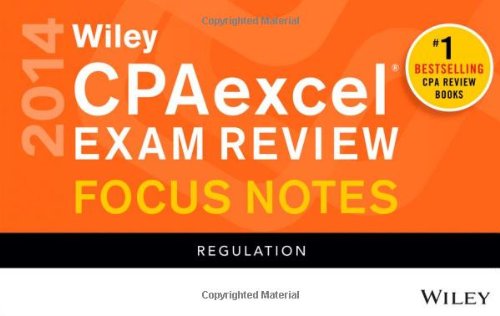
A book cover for Wiley CPAexcel Exam Review 2014 Focus Notes: Regulation; Wiley; Test Preparation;